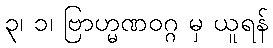
၃၊ ၁၊ ဗြာဟ္မဏဝဂ္ဂ မှ ယူရန်